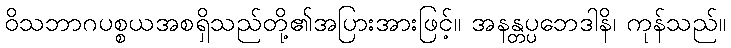
ဝိသဘာဂပစ္စယအစရှိသည်တို့၏အပြားအားဖြင့်။ အနန္တပ္ပဘေဒါနိ၊ ကုန်သည်။